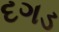
દગડ